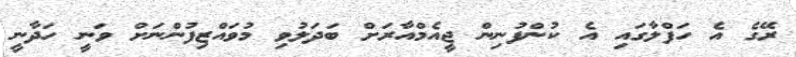
ރޭގެ އެ ހަފްލާގައި އެ ކުންފުނިން ޖީއެމްއާރަށް ބަދަލުވި މުވައްޒިފުންނަށް ވަނީ ހަދާނީ